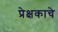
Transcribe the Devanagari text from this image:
प्रेक्षकाचे